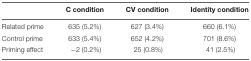
<table><thead><tr><td></td><td><b>C condition</b></td><td><b>CV condition</b></td><td><b>Identity condition</b></td></tr></thead><tbody><tr><td>Related prime</td><td>635 (5.2%)</td><td>627 (3.4%)</td><td>660 (6.1%)</td></tr><tr><td>Control prime</td><td>633 (5.4%)</td><td>652 (4.2%)</td><td>701 (8.6%)</td></tr><tr><td>Priming effect</td><td>–2 (0.2%)</td><td>25 (0.8%)</td><td>41 (2.5%)</td></tr></tbody></table>